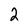
Character: 2